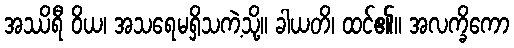
အဿိရီ ဝိယ၊ အသရေမရှိသကဲ့သို့။ ခါယတိ၊ ထင်၏။ အလက္ခိကော